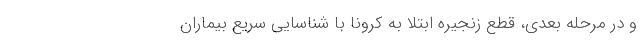
و در مرحله بعدی، قطع زنجیره ابتلا به کرونا با شناسایی سریع بیماران